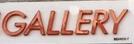
gallery